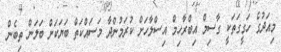
މިއަދުގެ ހަގީގަތަކީ ގާސިމް އިބްރާހިމް އިސްލާހަށް ކުރަމުންދާ މަސައްކަތް ބަޔަކަށް ބަލަން ތިބެން